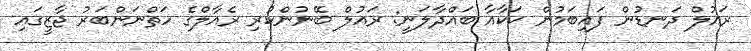
ރައުލް ދަނޑުން ފައިބަމުން ކަކާއާ ބައްދާލަނީ: ރައުލް ބޭނުންކުރި ރެއާލްގެ ހަތްނަންބަރު ޖާޒީގައި